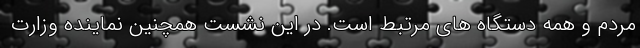
مردم و همه دستگاه های مرتبط است. در این نشست همچنین نماینده وزارت